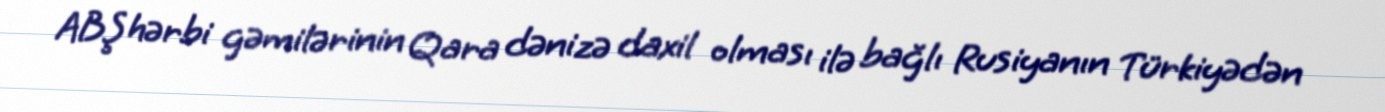
ABŞ hərbi gəmilərinin Qara dənizə daxil olması ilə bağlı Rusiyanın Türkiyədən